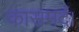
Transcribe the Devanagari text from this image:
कासमर्द।